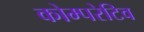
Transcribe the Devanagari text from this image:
कोम्परेटिव